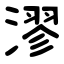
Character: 漻